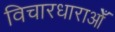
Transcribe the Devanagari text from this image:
विचारधाराओँ